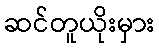
ဆင်တူယိုးမှား